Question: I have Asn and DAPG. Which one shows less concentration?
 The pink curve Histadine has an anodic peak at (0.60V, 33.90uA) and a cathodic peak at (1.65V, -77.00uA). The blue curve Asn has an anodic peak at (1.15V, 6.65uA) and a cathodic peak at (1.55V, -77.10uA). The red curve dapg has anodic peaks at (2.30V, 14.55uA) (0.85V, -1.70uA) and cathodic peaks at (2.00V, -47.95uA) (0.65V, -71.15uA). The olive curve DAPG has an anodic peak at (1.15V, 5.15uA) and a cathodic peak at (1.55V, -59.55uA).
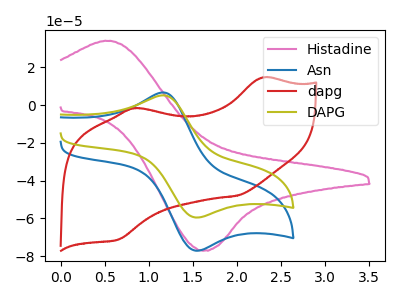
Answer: <think>All the peaks in "Asn" have a peak in "DAPG" at the same potential. Every peak in "Asn" is higher than every peak in "DAPG".
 </think>
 <answer>"Asn" has more signal than "DAPG" and so likely has a higher concentration.</answer>
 <eval>more_concentration</eval>